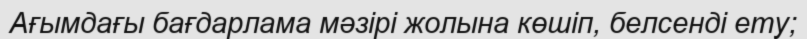
Ағымдағы бағдарлама мәзірі жолына көшіп, белсенді ету;